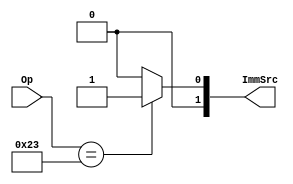
module Instr_Decoder (
	input 	[5:0] Op,
	output reg	[1:0] ImmSrc
);

localparam LW 		= 	7'b0000011,
			  SW 		= 	7'b0100011,
			  BEQ		= 	7'b1100011,
			  I_ALU	= 	7'b0010011,
			  JAL		=	7'b1101111;


always @(Op) begin
	case(Op)
	LW:		begin
					ImmSrc = 2'b00;
				end
	SW:		begin
					ImmSrc = 2'b01;
				end	
	BEQ:		begin
					ImmSrc = 2'b10;
				end
	I_ALU:	begin
					ImmSrc = 2'b00;
				end
	JAL:		begin
					ImmSrc = 2'b11;
				end
	default:		ImmSrc = 2'b00;
	endcase
		

end

endmodule